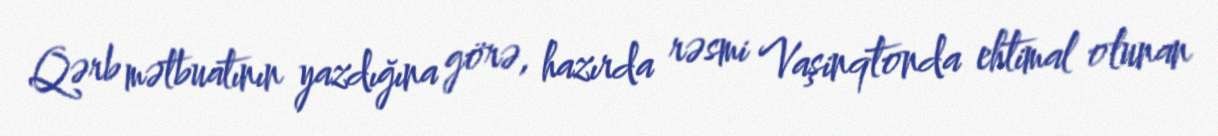
Qərb mətbuatının yazdığına görə, hazırda rəsmi Vaşinqtonda ehtimal olunan